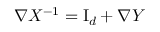
\nabla X ^ { - 1 } = \ensuremath { \mathrm { I } _ { d } } + \nabla Y